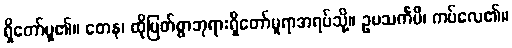
ရှိတော်မူ၏။ တေန၊ ထိုမြတ်စွာဘုရားရှိတော်မူရာအရပ်သို့။ ဥပသင်္ကမိ၊ ကပ်လေ၏။